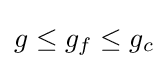
g\leq g_{f}\leq g_{c}